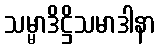
သမ္မာဒိဋ္ဌိသမာဒါနာ